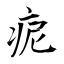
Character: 痆